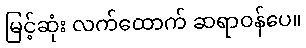
မြင့်ဆုံး လက်ထောက် ဆရာဝန်ပေ။